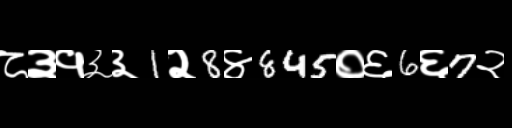
Text: ८३१३३1२8४845०६6६7२